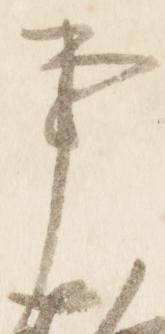
事